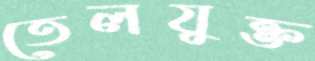
তেলযুক্ত